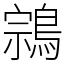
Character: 鶎